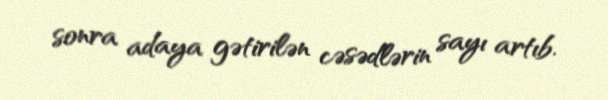
sonra adaya gətirilən cəsədlərin sayı artıb.